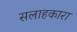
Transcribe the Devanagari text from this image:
सलाहकारा